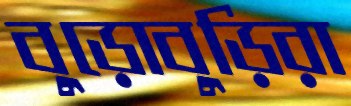
বুড়োবুড়িরা